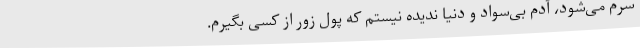
سرم می‌شود، آدم بی‌سواد و دنیا ندیده نیستم که پول زور از کسی بگیرم.